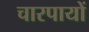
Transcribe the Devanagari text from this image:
चारपायों